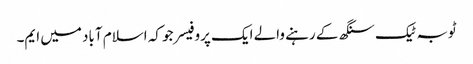
ٹوبہ ٹیک سنگھ کے رہنے والے ایک پروفیسر جو کہ اسلام آباد میں ایم۔